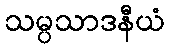
သမ္ပသာဒနီယံ